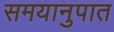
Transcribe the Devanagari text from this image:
समयानुपात